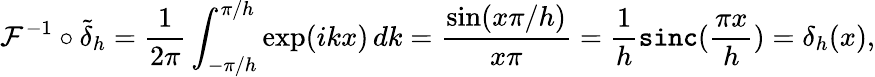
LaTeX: \mathcal{F}^{-1}\circ\tilde{\delta}_{h}=\frac{1}{2\pi}\int_{-\pi/h}^{\pi/h}\exp(ikx)\, dk=\frac{\sin(x\pi/h)}{x\pi}=\frac{1}{h}\mathtt{sinc}(\frac{\pi x}{h})=\delta_{h}(x),